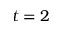
t = 2